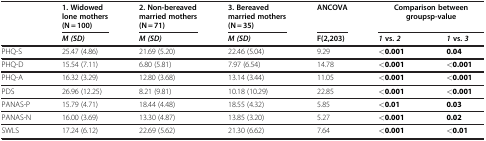
<table><thead><tr><td rowspan="2"><b> </b></td><td><b>1. Widowed lone mothers (N = 100)</b></td><td><b>2. Non-bereaved married mothers (N = 71)</b></td><td><b>3. Bereaved married mothers (N = 35)</b></td><td><b>ANCOVA</b></td><td colspan="2"><b>Comparison between groups p-value</b></td></tr><tr><td><b><i>M (SD)</i></b></td><td><b><i>M (SD)</i></b></td><td><b><i>M (SD)</i></b></td><td><b>F(2,203)</b></td><td><b><i>1</i>vs.<i>2</i></b></td><td><b><i>1</i>vs.<i>3</i></b></td></tr></thead><tbody><tr><td>PHQ-S</td><td>25.47 (4.86)</td><td>21.69 (5.20)</td><td>22.46 (5.04)</td><td>9.29</td><td><b>&lt;0.001</b></td><td><b>0.04</b></td></tr><tr><td>PHQ-D</td><td>15.54 (7.11)</td><td>6.80 (5.81)</td><td>7.97 (6.54)</td><td>14.78</td><td><b>&lt;0.001</b></td><td><b>&lt;0.001</b></td></tr><tr><td>PHQ-A</td><td>16.32 (3.29)</td><td>12.80 (3.68)</td><td>13.14 (3.44)</td><td>11.05</td><td><b>&lt;0.001</b></td><td><b>&lt;0.001</b></td></tr><tr><td>PDS</td><td>26.96 (12.25)</td><td>8.21 (9.81)</td><td>10.18 (10.29)</td><td>22.85</td><td><b>&lt;0.001</b></td><td><b>&lt;0.001</b></td></tr><tr><td>PANAS-P</td><td>15.79 (4.71)</td><td>18.44 (4.48)</td><td>18.55 (4.32)</td><td>5.85</td><td><b>&lt;0.01</b></td><td><b>0.03</b></td></tr><tr><td>PANAS-N</td><td>16.00 (3.69)</td><td>13.30 (4.87)</td><td>13.85 (3.20)</td><td>5.27</td><td><b>&lt;0.001</b></td><td><b>0.02</b></td></tr><tr><td>SWLS</td><td>17.24 (6.12)</td><td>22.69 (5.62)</td><td>21.30 (6.62)</td><td>7.64</td><td><b>&lt;0.001</b></td><td><b>&lt;0.01</b></td></tr></tbody></table>